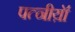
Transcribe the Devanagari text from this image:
पत्नीय़ॉ